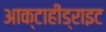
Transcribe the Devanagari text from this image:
आक्टाहीड्राइट